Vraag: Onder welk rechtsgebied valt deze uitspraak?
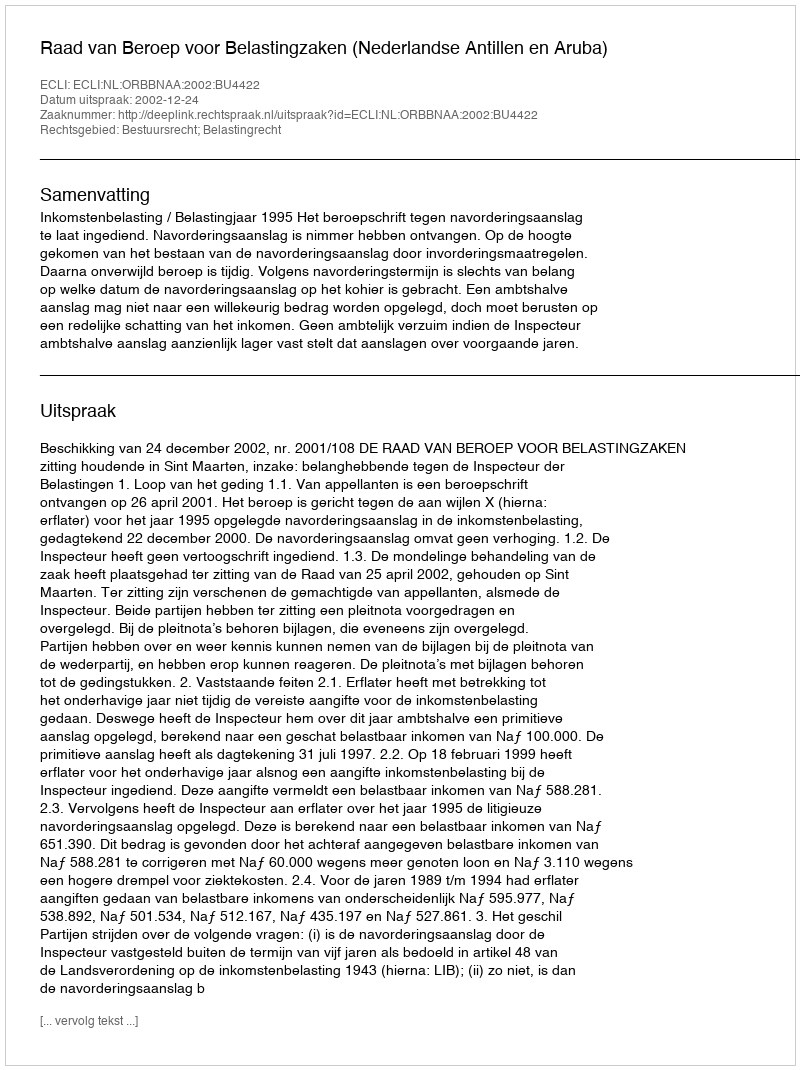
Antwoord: Bestuursrecht; Belastingrecht